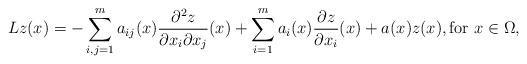
LaTeX: \begin{align*} Lz(x)=-\sum_{i,j=1}^m a_{ij}(x)\frac{\partial^2 z}{\partial x_i \partial x_j}(x)+\sum_{i=1}^m a_{i}(x) \frac{\partial z}{\partial x_i} (x)+a(x)z(x), \mbox{for $x\in \Omega$,}\end{align*}